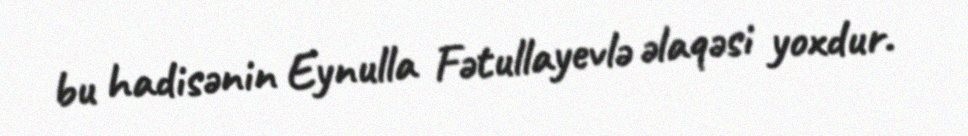
bu hadisənin Eynulla Fətullayevlə əlaqəsi yoxdur.